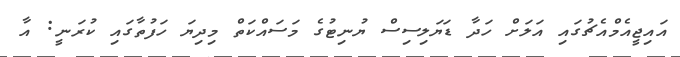
އައިޖީއެމްއެޗުގައި އަލަށް ހަދާ ޑަޔަލިސިސް ޔުނިޓުގެ މަސައްކަތް މިދިޔަ ހަފުތާގައި ކުރަނީ: އާ